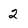
Character: 2